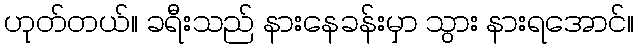
ဟုတ်တယ်။ ခရီးသည် နားနေခန်းမှာ သွား နားရအောင်။